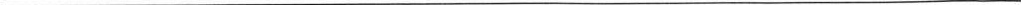
___